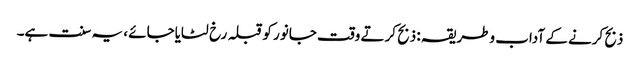
ذبح کرنے کے آداب وطریقہ : ذبح کرتے وقت جانور کوقبلہ رخ لٹایاجائے ، یہ سنت ہے۔